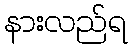
နားလည်ရ